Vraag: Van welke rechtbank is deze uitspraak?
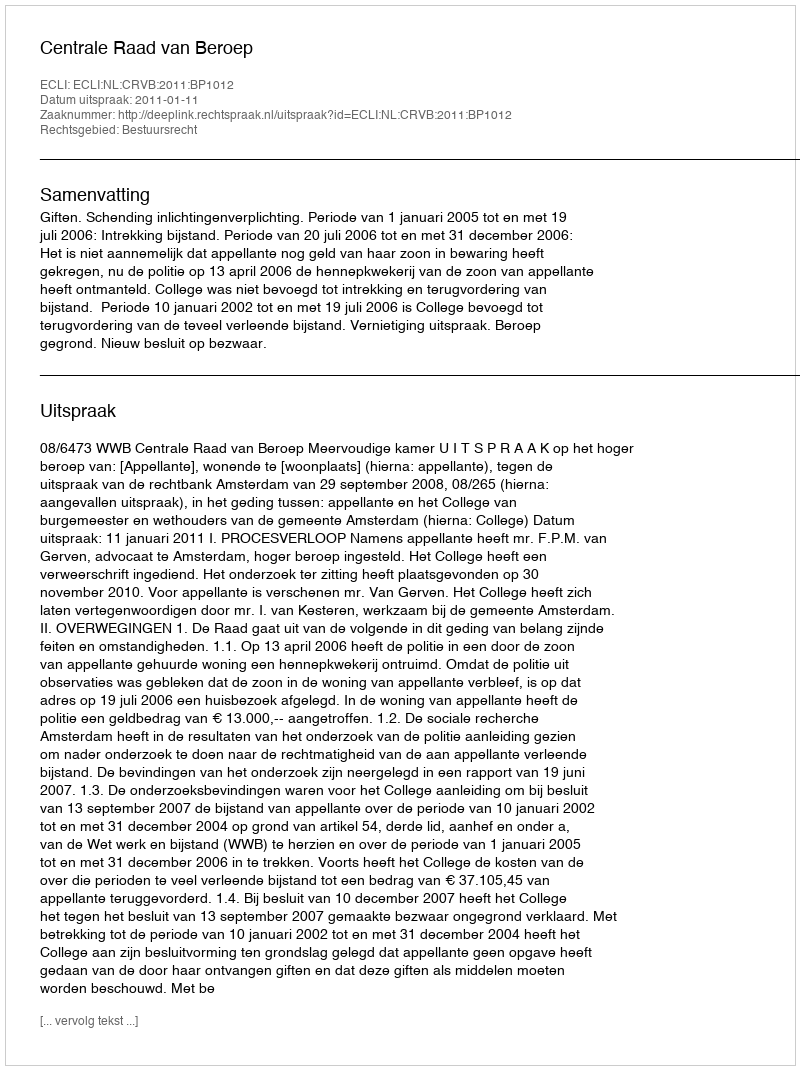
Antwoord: Centrale Raad van Beroep